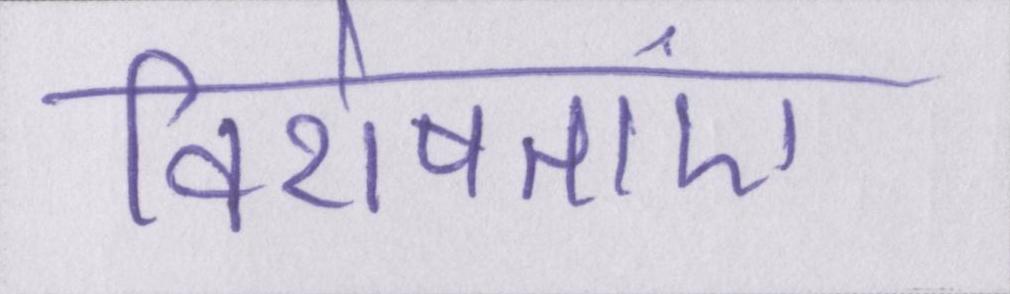
विशेषताएं